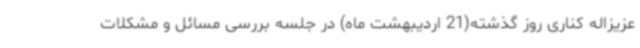
عزیزاله کناری روز گذشته(21 اردیبهشت ماه) در جلسه بررسی مسائل و مشکلات